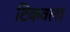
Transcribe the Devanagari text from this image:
टिकवला